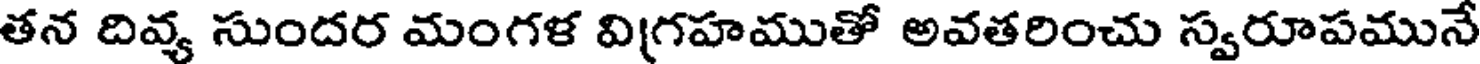
తన దివ్య సుందర మంగళ విగ్రహముతో అవతరించు స్వరూపమునే